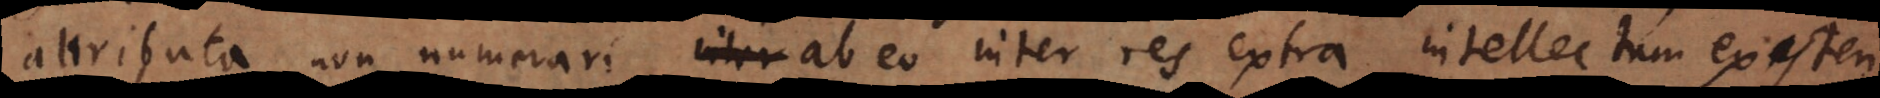
attributa non numerari ab eo inter res extra intellectum existen